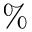
\%